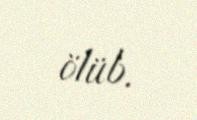
ölüb.